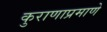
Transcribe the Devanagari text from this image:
कुराणाप्रमाणे